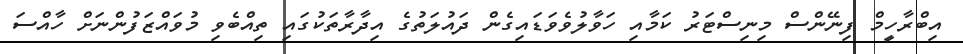
އިބްރާހީމް ފިނޭންސް މިނިސްޓަރު ކަމާއި ހަވާލުވެވަޑައިގެން ދައުލަތުގެ އިދާރާތަކުގައި ތިއްބެވި މުވައްޒަފުންނަށް ހާއްސަ